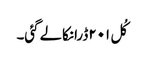
کُل ۲۰۱ڈرانکالے گئی۔